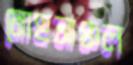
মোহনাঞ্চল